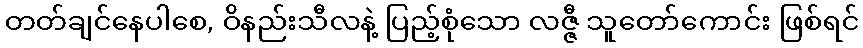
တတ်ချင်နေပါစေ, ဝိနည်းသီလနဲ့ ပြည့်စုံသော လဇ္ဇီ သူတော်ကောင်း ဖြစ်ရင်